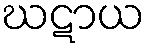
ဃဋာယ